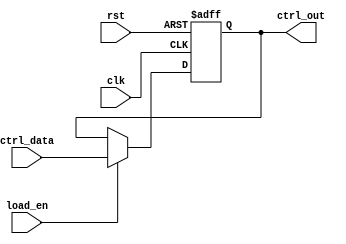
module control_register #(
    parameter N = 8 // Parameter N to define the width of the control register
)(
    input wire clk,             // Clock signal
    input wire rst,             // Asynchronous reset signal
    input wire [N-1:0] ctrl_data, // Parallel input bus for control signals
    input wire load_en,         // Load enable signal
    output reg [N-1:0] ctrl_out  // Output bus reflecting the control register state
);

// Asynchronous reset and load behavior
always @(posedge clk or posedge rst) begin
    if (rst) begin
        // Reset the control register to a known state (e.g., all bits 0)
        ctrl_out <= {N{1'b0}}; // Set all bits to 0
    end else if (load_en) begin
        // Load the control data into the register on clock edge
        ctrl_out <= ctrl_data;
    end
    // If load_en is not asserted, retain the previous state
end

endmodule